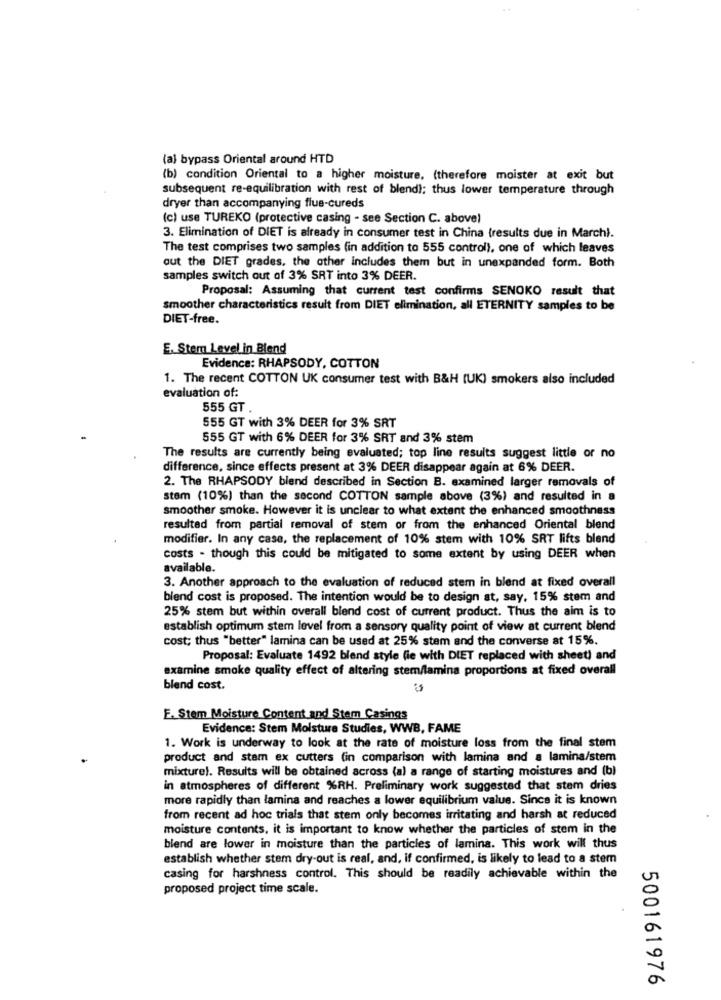
(al bypass Oriental around HTD
(b) condition Oriental to a higher moisture, (therefore moister at exit but
subsequent re-equilibration with rest of blend); thus lower temperature through
dryer than accompanying flue-cureds
(c) use TUREKO (protective casing - see Section C. above)
3. Elimination of DIET is already in consumer test in China (results due in March).
The test comprises two samples (in addition to 555 control), one of which leaves
out the DIET grades, the other includes them but in unexpanded form. Both
samples switch out of 3% SRT into 3% DEER.
Proposal: Assuming that current test confirms SENOKO result that
smoother characteristics result from DIET elimination, all ETERNITY samples to be
DIET-free.
E. Stem Level in Blend
Evidence: RHAPSODY, COTTON
1. The recent COTTON UK consumer test with B&H (UK) smokers also included
evaluation of:
555 GT
555 GT with 3% DEER for 3% SRT
555 GT with 6% DEER for 3% SRT and 3% stem
The results are currently being evaluated; top line results suggest little or no
difference, since effects present at 3% DEER disappear again at 6% DEER.
2. The RHAPSODY blend described in Section B. examined larger removals of
stem (10%) than the second COTTON sample above (3%) and resulted in a
smoother smoke. However it is unclear to what extent the enhanced smoothness
resulted from partial removal of stem or from the enhanced Oriental blend
modifier. In any case, the replacement of 10% stem with 10% SRT lifts blend
costs - though this could be mitigated to some extent by using DEER when
available.
3. Another approach to the evaluation of reduced stem in blend at fixed overall
blend cost is proposed. The intention would be to design at, say, 15% stem and
25% stem but within overall blend cost of current product. Thus the aim is to
establish optimum stem level from a sensory quality point of view at current blend
cost; thus "better" lamina can be used at 25% stem and the converse at 15%.
Proposal: Evaluate 1492 blend style (ie with DIET replaced with sheet) and
examine smoke quality effect of altering stem/lamina proportions at fixed overall
blend cost.
E. Stem Moisture Content and Stem Casings
Evidence: Stem Moisture Studies, WWB, FAME
1. Work is underway to look at the rate of moisture loss from the final stem
product and stam ex cutters (in comparison with lamina and a lamina/stem
mixturel. Results will be obtained across (a) a range of starting moistures and (b)
in atmospheres of different %RH. Preliminary work suggested that stem dries
more rapidly than lamina and reaches a lower equilibrium value. Since it is known
from recent ad hoc trials that stem only becomes irritating and harsh at reduced
moisture contents, it is important to know whether the particles of stem in the
blend are lower in moisture than the particles of lamina. This work will thus
establish whether stem dry-out is real, and, if confirmed, is likely to lead to a stem
casing for harshness control. This should be readily achievable within the
proposed project time scale.
500161976